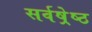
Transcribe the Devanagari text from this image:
सर्वष्रेष्ठ